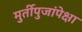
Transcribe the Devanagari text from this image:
मुर्तीपुजांपेक्षा